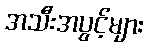
အသီးအပွင့်များ